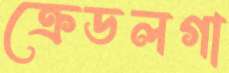
ক্রেডলগা